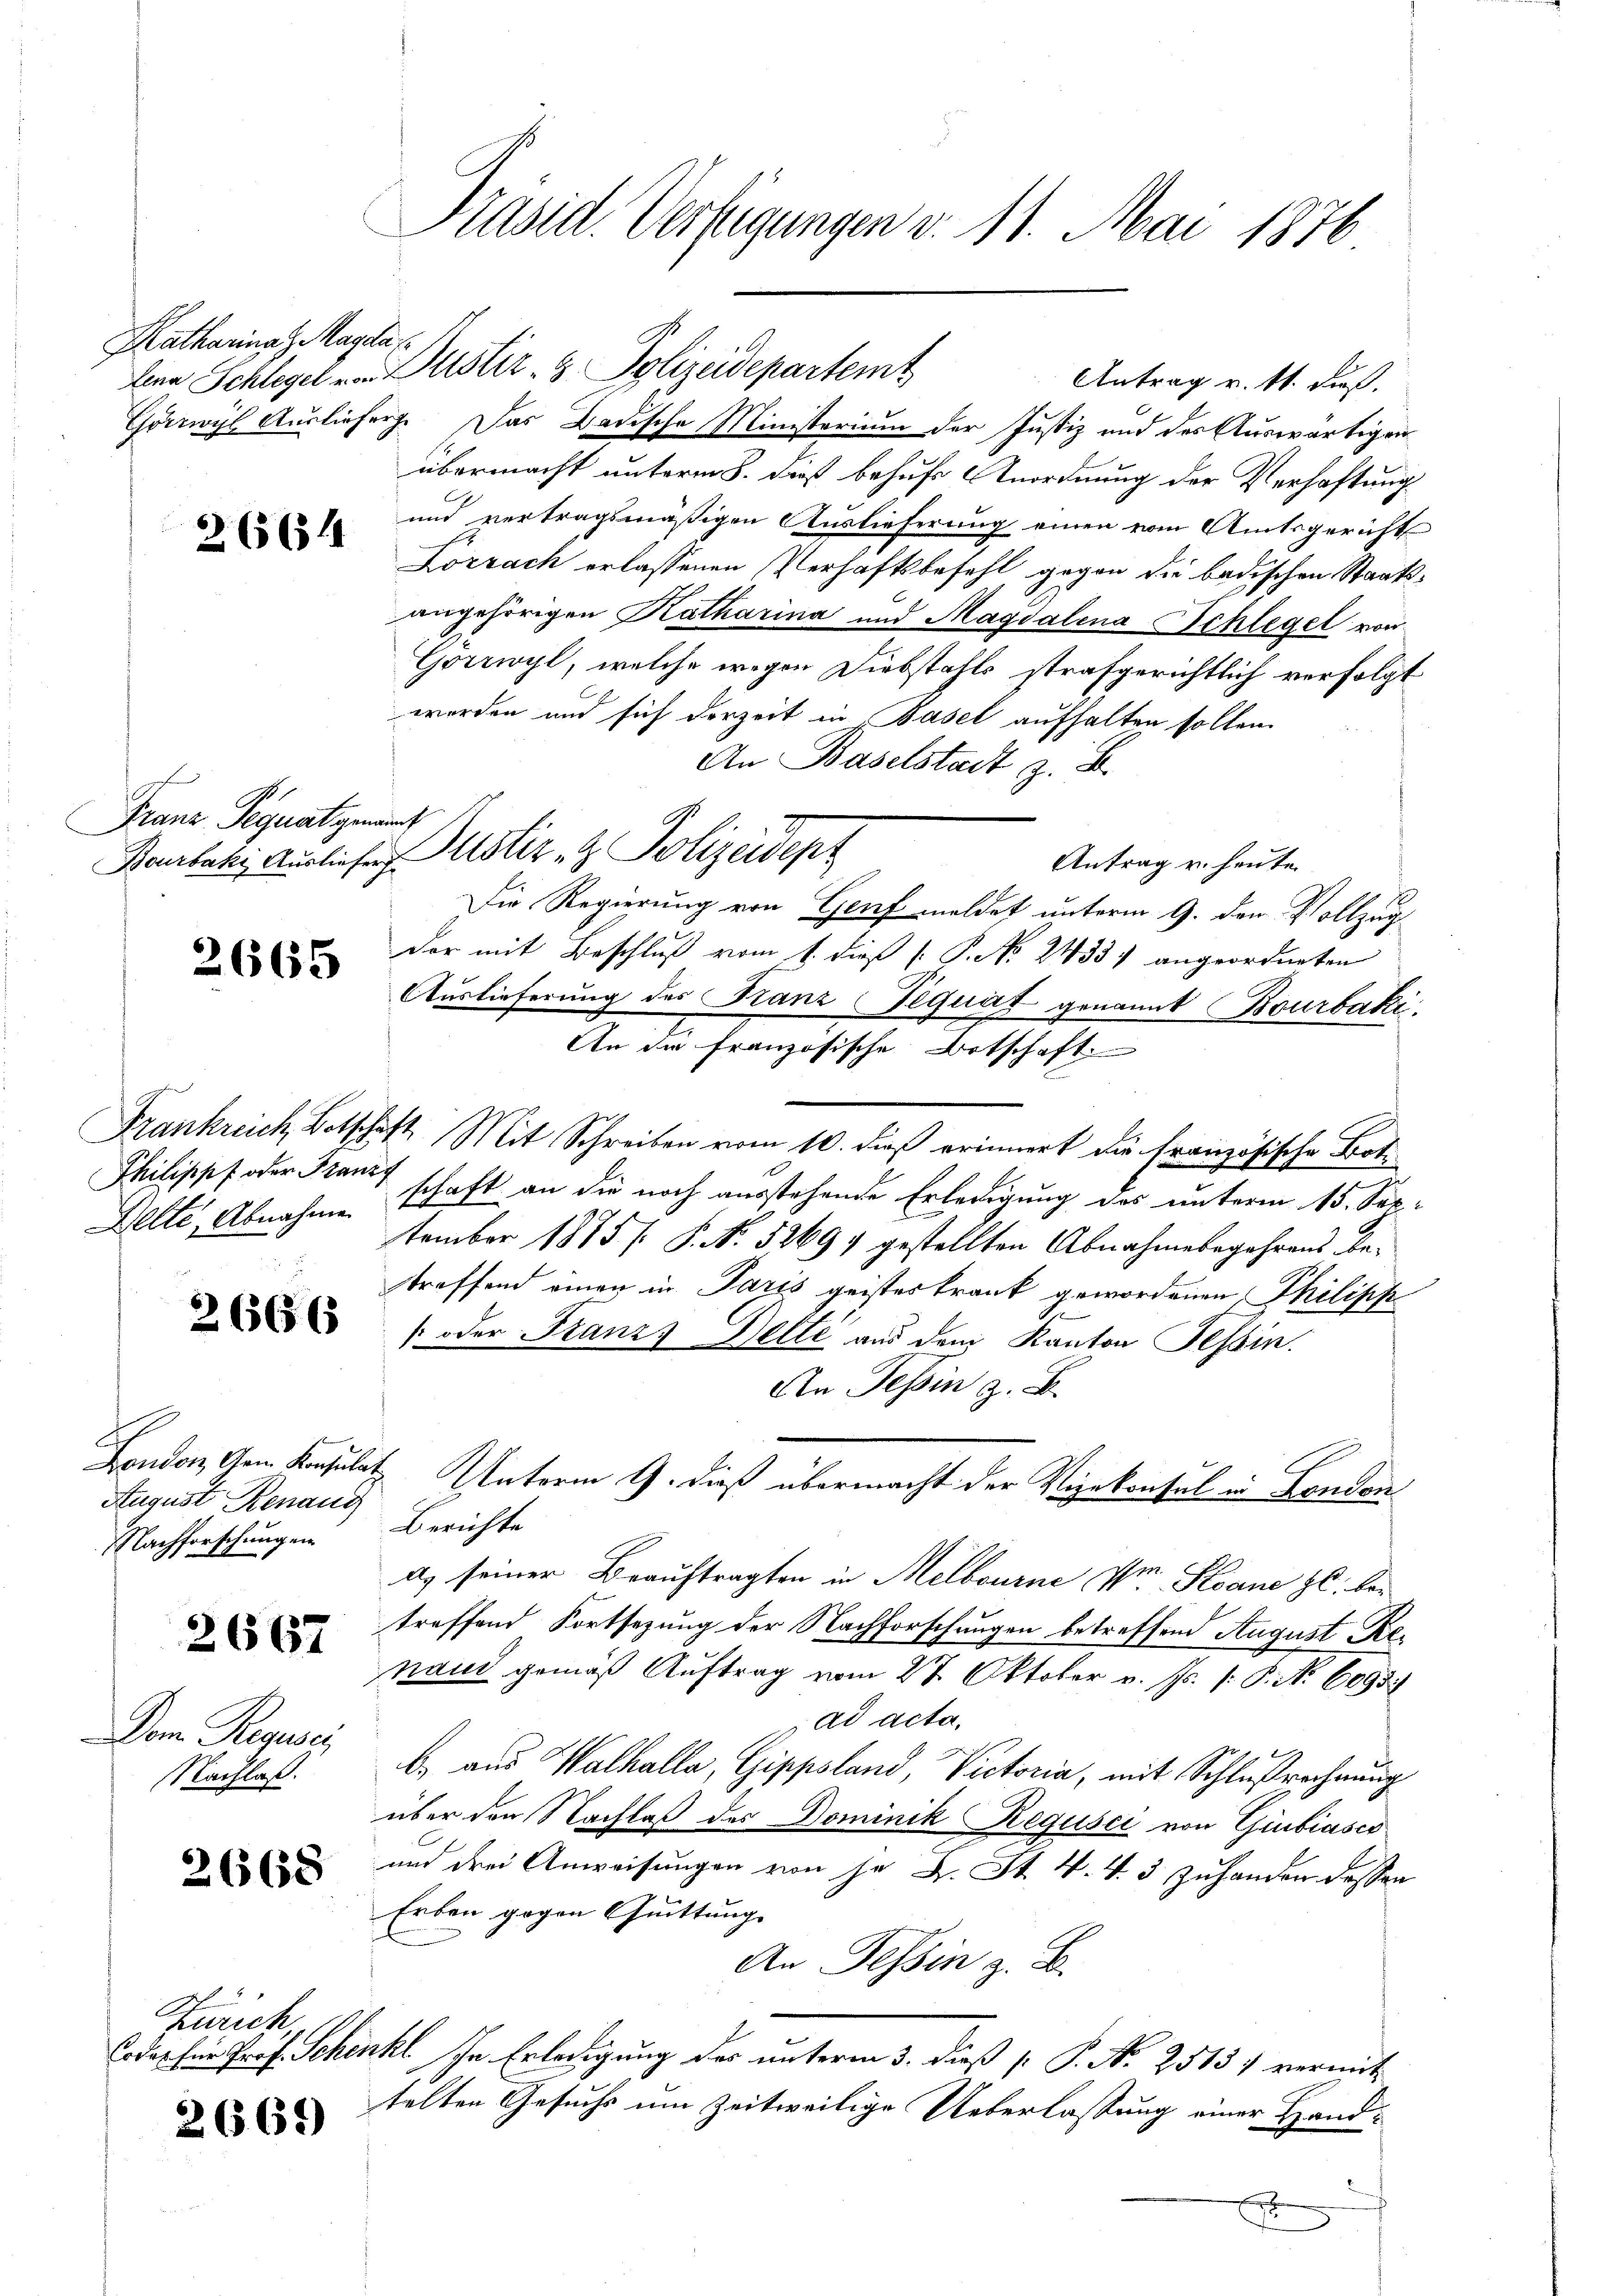
Katharina Magda

26654

Franz Pequat genannt

2665

Delte, Abnahmen

2666

August Renaud
Nachforschung ein

2667

Dem Reguse,
Nachlaß.

2668

Furich

2669

Präsid. Verfügungen v. 11. Mai 1876

Görrwyl Auslieferg. Das Badische Ministerium der Justiz und des Auswärtigen
übermacht unterm 5. dieß behufe Anordnung der Verhaftung
und vertragsmäßigen Auslieferung einen vom Amtsgerichts
Lörrach erlassenen Verhaftsbefehl gegen die badischen Staatsangehörigen Katharina und Magdalena Schlegel von
Gorrwyl, welche wegen Diebstahls strafgerichtlich verfolgt
werden und sich derzeit in Basel aufhalten sollen.
An Baselstadt z. B.
Antrag u. heute
Die Regierung von Genf meldet unterm 9. den Vollzugder mit Beschluß vom 1. dieß [ P. No. 2433) angeordneten
Auslieferung des Kanz-Signat genannt Bourbaki
An die französische Botschaft
Frankreich, Botschaft Mit Schreiben vom 10. dieß erinnert die französische Bot¬
Philippf oder Franz schaft an die noch aŭsstehende Erledigŭng des ŭnterm 15. September 1875 /: P. No. 52691 gestellten Abnahmebegehrens be-
treffend einen in Paris geisteskrank gewordenen Philipp
.
 oder Franzs Dette aus den Kanton Tessin.
An Tessin z. B.
Fondon, Gem. Konsulat Unterm 9. dieß übermacht der Vizekonsul in London
Berichte
ds seiner Beauftragten in Melbourne Vor Stoane zl. bei
treffend Fortsetzung der Nachforschungen betreffend August Renand gemäß Auftrag vom 27. Oktober v. Js. f. P. Nr. 6095.)
ad acta.
b. aus Walhalla, Gippsland, Victoria, mit Schlußrechnung
über den Nachlaß des Dominik Regusci von Giubiaser
und drei Anweisungen von je L. St. V. 4. 3 zuhanden dessen
Erben gegen Quittung
An Tessin z. B.
Codessen Prof. Schenkt in Erledigung des unterm 3. dieß P. N. 25137 vermit
telten Gesuchs um Zeitweilige Ueberlassung einer Handx

lena Schlegel von Zustiz- & Polizeidepartemt

Beurbaki Auslieferustiz- & Polizeidept

Antrag v. Mt. dieß.